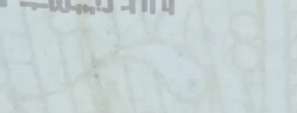
محلات بيع الساعات الفاخرة